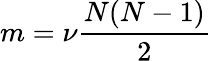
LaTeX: m=\nu\frac{N(N-1)}{2}